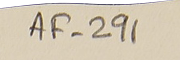
AF-291